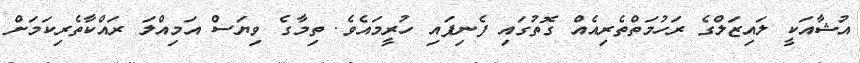
އުޝާއަކީ ލައިޒަލްގެ ރަހުމަތްތެރިއެއް ގޮތުގައި ފެނިފައި ހުރީމައެވެ. ތިމާގެ ވިޔަސް އަމިއްލަ ރައްކާތެރިކަމަށް